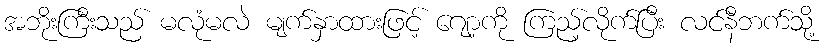
အဘိုးကြီးသည် မလုံမလဲ မျက်နှာထားဖြင့် ဂျော့ကို ကြည့်လိုက်ပြီး လင်နီဘက်သို့